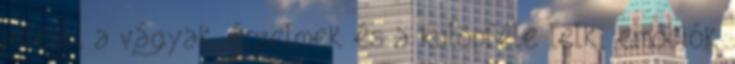
jelenti a vágyak, érzelmek és a különféle lelki emóciók